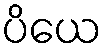
ပိယေ